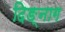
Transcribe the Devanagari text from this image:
दिङ्‌नाग